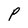
Character: P